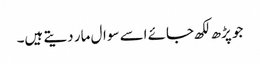
جو پڑھ لکھ جائے اسے سوال مار دیتے ہیں۔